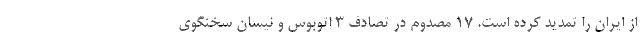
از ایران را تمدید کرده است. ١٧ مصدوم در تصادف ٣ اتوبوس و نیسان سخنگوی